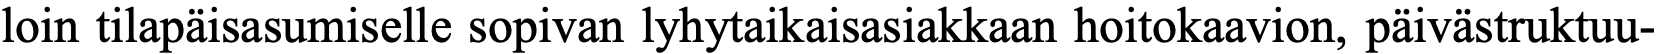
loin tilapäisasumiselle sopivan lyhytaikaisasiakkaan hoitokaavion, päivästruktuu-